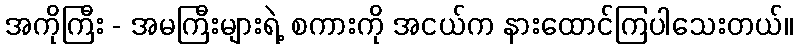
အကိုကြီး - အမကြီးများရဲ့ စကားကို အငယ်က နားထောင်ကြပါသေးတယ်။